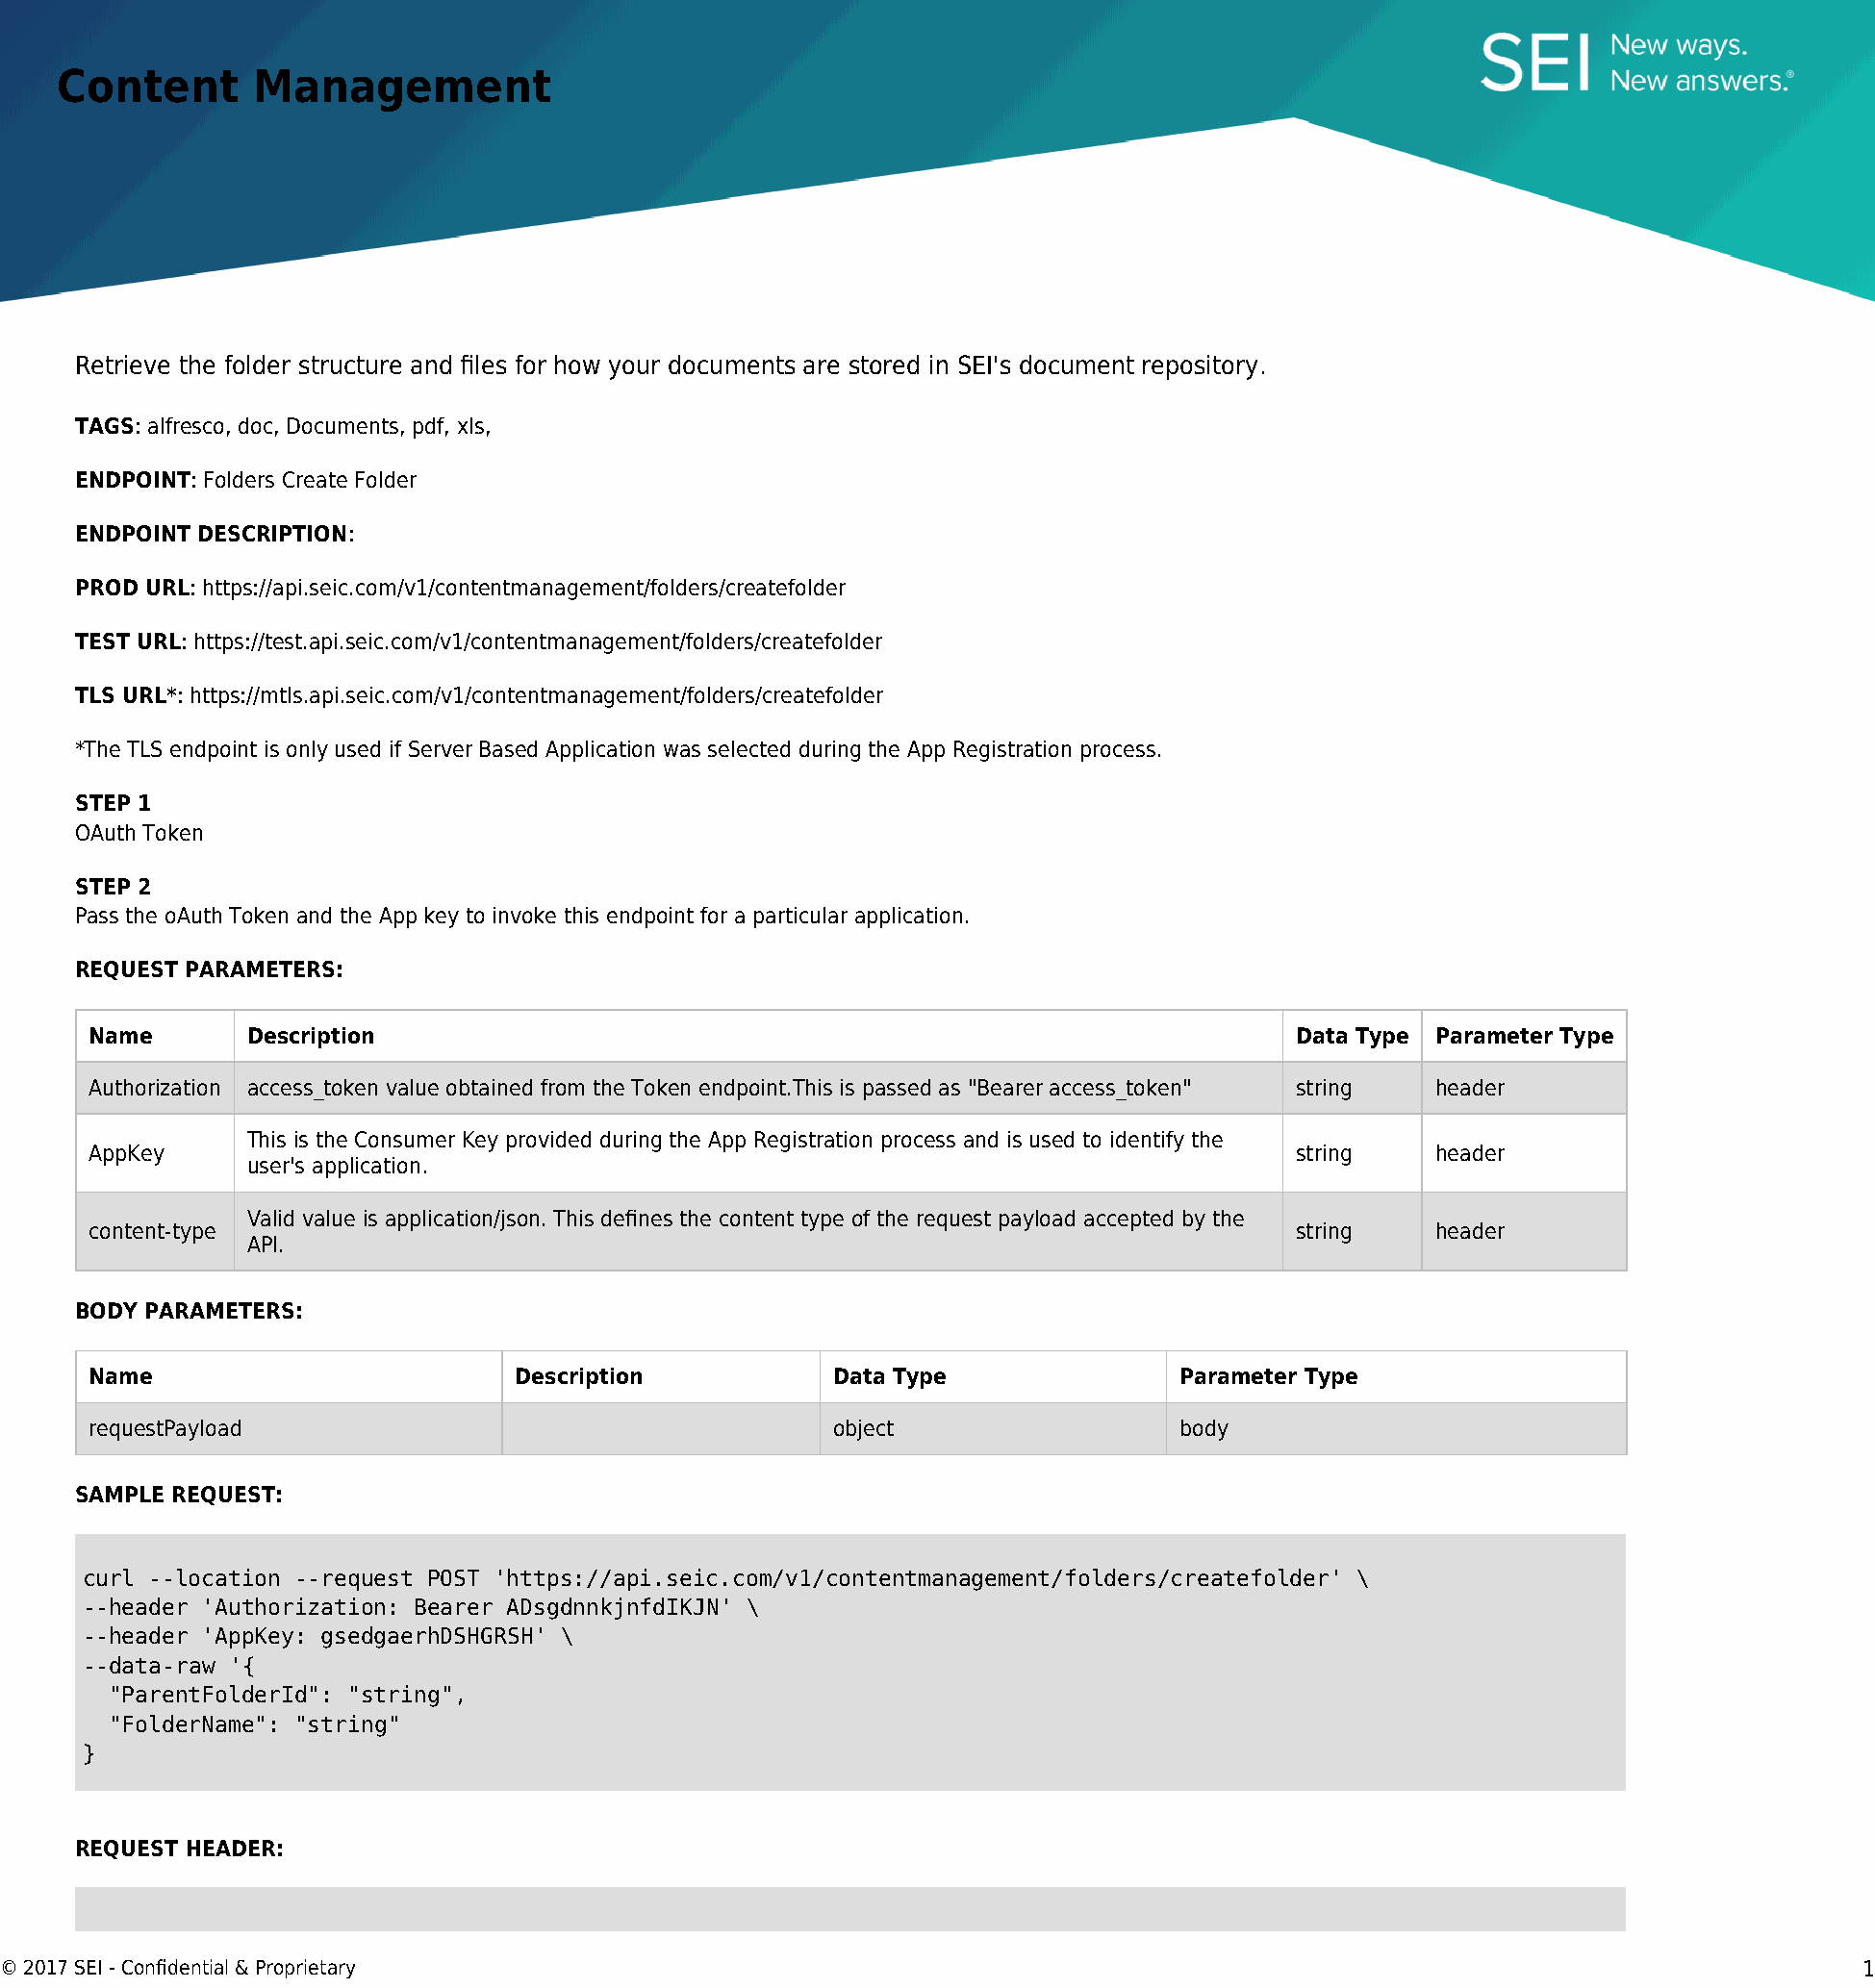
Content      Management
 Retrieve the folder structure and files for how your documents are stored in SEI's document repository.
 TAGS: alfresco, doc, Documents, pdf, xls,
 ENDPOINT: Folders Create Folder
 ENDPOINT DESCRIPTION:
 PROD URL: https://api.seic.com/v1/contentmanagement/folders/createfolder
 TEST URL: https://test.api.seic.com/v1/contentmanagement/folders/createfolder
 TLS URL*: https://mtls.api.seic.com/v1/contentmanagement/folders/createfolder
 *The TLS endpoint is only used if Server Based Application was selected during the App Registration process.
 STEP 1
 OAuth Token
 STEP 2
 Pass the oAuth Token and the App key to invoke this endpoint for a particular application.
 REQUEST PARAMETERS:
 Name       Description                                                             Data Type Parameter Type
 Authorization access_token value obtained from the Token endpoint.This is passed as "Bearer access_token" string header
 This is the Consumer Key provided during the App Registration process and is used to identify the
 AppKey                                                                             string    header
 user's application.
 Valid value is application/json. This defines the content type of the request payload accepted by the
 content-type                                                                       string    header
 API.
 BODY PARAMETERS:
 Name                         Description           Data Type               Parameter Type
 requestPayload                                     object                  body
 SAMPLE REQUEST:
 curl --location --request POST 'https://api.seic.com/v1/contentmanagement/folders/createfolder' \
 --header 'Authorization: Bearer ADsgdnnkjnfdIKJN' \
 --header 'AppKey: gsedgaerhDSHGRSH' \
 --data-raw '{
 "ParentFolderId": "string",
 "FolderName": "string"
 }
 REQUEST HEADER:
 © 2017 SEI - Confidential & Proprietary                                                                                         1